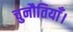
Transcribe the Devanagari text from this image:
चुनौतियाँ।